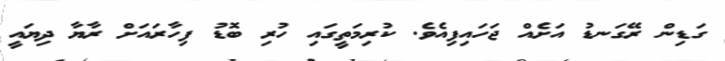
ގަޑިން ރޭގަނޑު އަށެއް ޖަހައިފިއެވެ. ކުރިމަތީގައި ހުރި ބޮޑު ފިހާރައަށް ރާޔާ ދިޔައީ